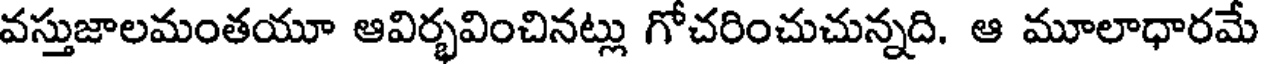
వస్తుజాలమంతయూ ఆవిర్భవించినట్లు గోచరించుచున్నది. ఆ మూలాధారమే